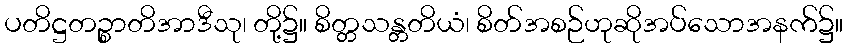
ပတိဋ္ဌတဉ္စာတိအာဒီသု၊ တို့၌။ စိတ္တသန္တတိယံ၊ စိတ်အစဉ်ဟုဆိုအပ်သောအနက်၌။